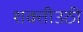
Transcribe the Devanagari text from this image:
शक्तीउठी